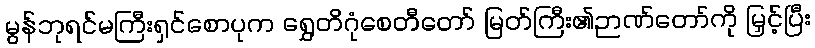
မွန်ဘုရင်မကြီးရှင်စောပုက ရွှေတိဂုံစေတီတော် မြတ်ကြီး၏ဉာဏ်တော်ကို မြှင့်ပြီး